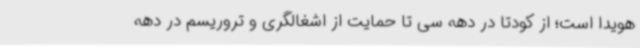
هویدا است؛ از کودتا در دهه‌ سی تا حمایت از اشغالگری و تروریسم در دهه‌